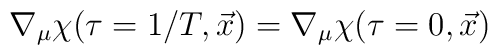
\nabla_\mu\chi(\tau=1/T,\vec x)=\nabla_\mu\chi(\tau=0,\vec x)